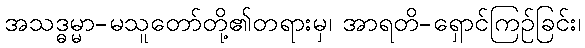
အသဒ္ဓမ္မာ-မသူတော်တို့၏တရားမှ၊ အာရတိ-ရှောင်ကြဉ်ခြင်း၊